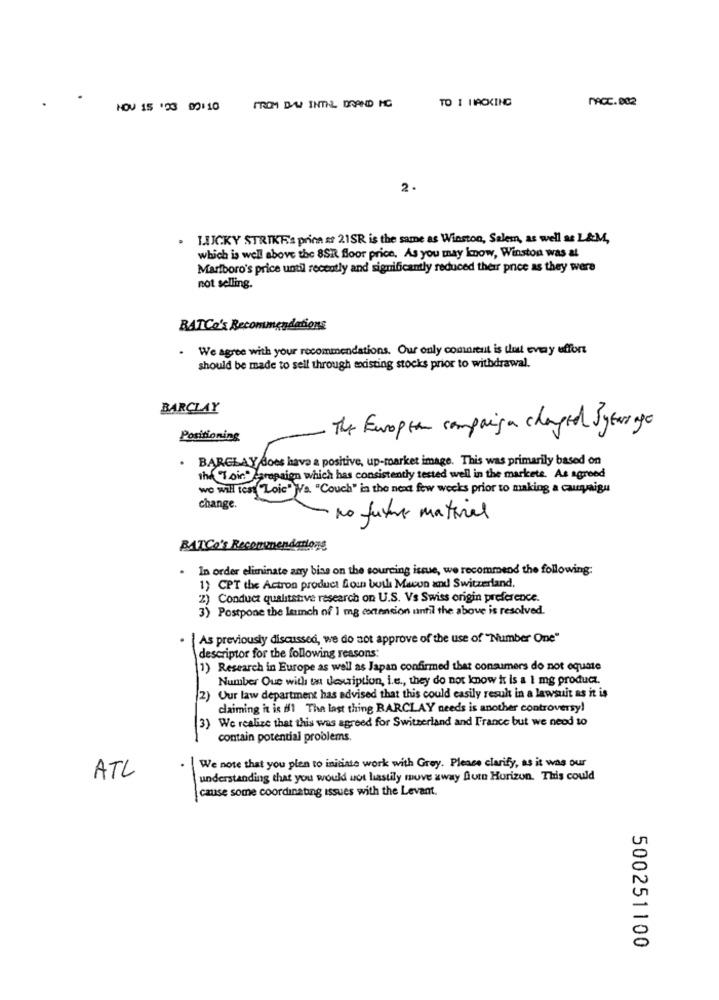
TO I HACKING
MACC.882
NOV 15 '23 00:10
PROM DA INTEL DOAND ING
2.
LUCKY STRIKE's price at 21SR is the same as Winston, Salem, as well as L&M,
which is well above the BSR floor price. As you may know, Winston was at
Marlboro's price until recently and significantly reduced their price as they were
not selling.
RATCo's Recommendations
.
We agree with your recommendations. Our only comnreut is tut every effort
should be made to sell through existing stocks prior to withdrawal.
BARCLAY
The European compaign changed Jytarage
Positioning
. BARCLAY does have a positive, up-market image. This was primarily based on
the("Toir" Parapaign which has consistently tested well in the markets. As agreed
we will test "Loic" }Va "Couch" in the next few weeks prior to making a carmaigu
change.
no future material
BATCo's Recommendations
. In order eliminate any biss on the sourcing issue, we recommend the following:
1) CPT the Actron product fou butl Macon and Switzerland,
2) Conduct qualitative research on U.S. Vs Swiss origin preference.
3) Postpone the launch of 1 mg cortension until the above is resolved.
As previously discussed, we do not approve of the use of "Number One"
descriptor for the following reasons:
1) Research in Europe as well as Japan confirmed that consumers do not equate
Number Que with un description, i.e ., they do not know it is a 1 mg producz.
(2) Our law department has advised that this could easily result in a lawsuit as it is
claiming it is d1 The last thing BARCLAY needs is another controversy!
3) We realize that this was agreed for Switzerland and France but we neod 10
-
contain potential problems.
We note that you plen to initiate work with Grey. Please clarify, as it was our
-
ATL
understanding that you would not hastily move away fiore Horizon. This could
cause some coordinating issues with the Levant.
500251100